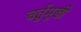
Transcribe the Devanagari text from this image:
चर्तुमुखी